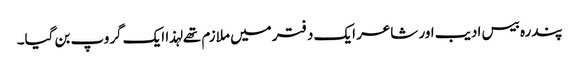
پندرہ بیس ادیب اور شاعر ایک دفتر میں ملازم تھے لہذا ایک گروپ بن گیا۔